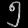
Digit: ၅